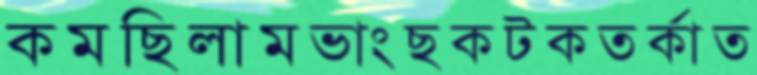
কমছিলামভাংছকটকতর্কাত